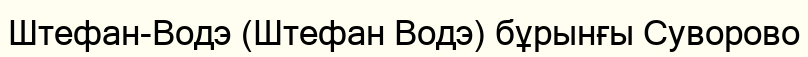
Штефан-Водэ (Штефан Водэ) бұрынғы Суворово